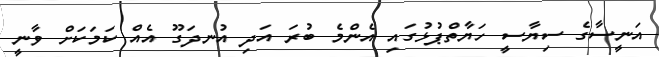
އަނީސާގެ ސިޔާސީ ހަޔާތްޕުޅުގައި އެންމެ ބުރަ އަދި އުނދަގޫ އެއް ކަމަކަށް ވާނީ